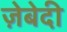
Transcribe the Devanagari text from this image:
ज़ेबेदी